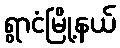
ရွာငံမြို့နယ်